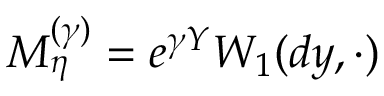
M _ { \eta } ^ { ( \gamma ) } = e ^ { \gamma Y } W _ { 1 } ( d y , \cdot )